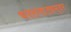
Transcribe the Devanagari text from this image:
भरतनाट्यम्‌वर